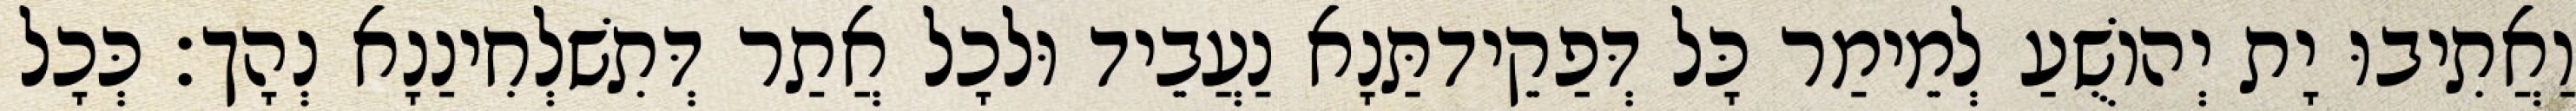
וַאֲתִיבוּ יָת יְהוֹשֻׁעַ לְמֵימַר כָּל דְּפַקֵידתַּנָא נַעֲבֵיד וּלכָל אֲתַר דְּתִשׁלְחִינַנָא נְהָך׃ כְּכָל